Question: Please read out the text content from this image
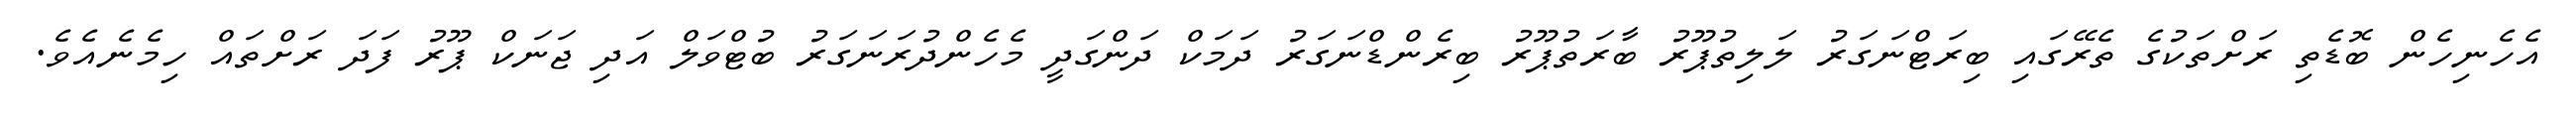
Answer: އެހެނިހެން ބޮޑެތި ރަށްތަކުގެ ތެރޭގައި ބިރަޓްނަގަރު ލަލިތުޕޫރު ބާރަތުޕޫރު ބިރެންޑްނަގަރު ދަމަކް ދަންގަދީ މެހެންދުރަނަގަރު ބުޓްވަލް އަދި ޖަނަކް ޕޫރު ފަދަ ރަށްތައް ހިމެނެއެވެ.